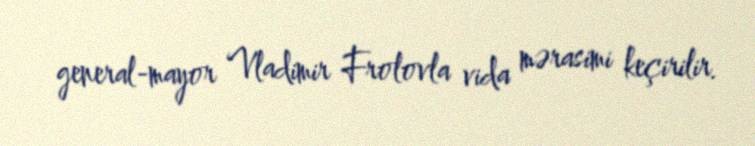
general-mayor Vladimir Frolovla vida mərasimi keçirilir.